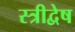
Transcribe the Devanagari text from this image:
स्त्रीद्वेष